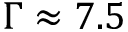
\Gamma \approx 7 . 5